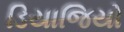
ડિયાજિયો